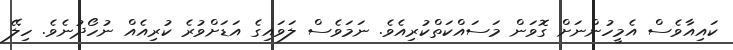
ކައިއާވެސް އެމީހުންނަށް ގޮވަން މަސައްކަތްކުރިއެވެ. ނަމަވެސް ލަވައިގެ އަޑަށްވުރެ ކުރިއެއް ނުހޯދުނެވެ. ހިލޭ